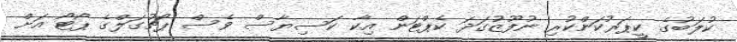
ކުލަބުގެ ކީޕަރުކަންކުރި ނުފޫޒުގަދަ ކެޕްޓަން އިކާ ކަސިޔާސް ވެސް ޕޯޗުގަލްގެ ޕޯޓޯ އަށް